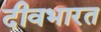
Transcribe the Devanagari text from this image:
दीवभारत